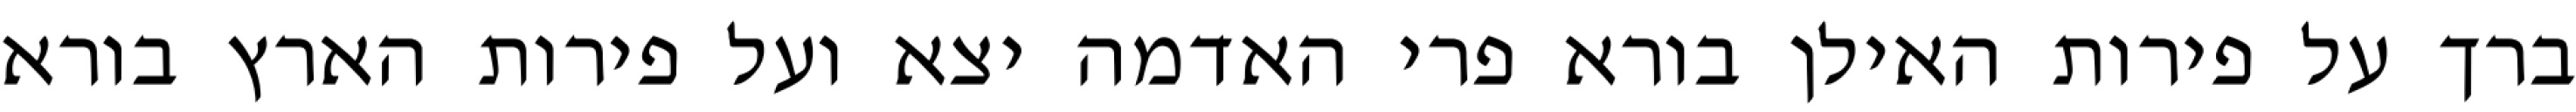
ברך על פירות האילן בורא פרי האדמה יצא ועל פירות הארץ בורא